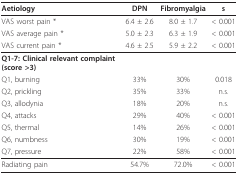
<table><thead><tr><td><b>Aetiology</b></td><td><b>DPN</b></td><td><b>Fibromyalgia</b></td><td><b>s</b></td></tr></thead><tbody><tr><td>VAS worst pain *</td><td>6.4 ± 2.6</td><td>8.0 ± 1.7</td><td>&lt; 0.001</td></tr><tr><td>VAS average pain *</td><td>5.0 ± 2.3</td><td>6.3 ± 1.9</td><td>&lt; 0.001</td></tr><tr><td>VAS current pain *</td><td>4.6 ± 2.5</td><td>5.9 ± 2.2</td><td>&lt; 0.001</td></tr><tr><td><b>Q1-7: Clinical relevant complaint (score &gt;3)</b></td><td></td><td></td><td></td></tr><tr><td>Q1, burning</td><td>33%</td><td>30%</td><td>0.018</td></tr><tr><td>Q2, prickling</td><td>35%</td><td>33%</td><td>n.s.</td></tr><tr><td>Q3, allodynia</td><td>18%</td><td>20%</td><td>n.s.</td></tr><tr><td>Q4, attacks</td><td>29%</td><td>40%</td><td>&lt; 0.001</td></tr><tr><td>Q5, thermal</td><td>14%</td><td>26%</td><td>&lt; 0.001</td></tr><tr><td>Q6, numbness</td><td>30%</td><td>19%</td><td>&lt; 0.001</td></tr><tr><td>Q7, pressure</td><td>22%</td><td>58%</td><td>&lt; 0.001</td></tr><tr><td>Radiating pain</td><td>54.7%</td><td>72.0%</td><td>&lt; 0.001</td></tr></tbody></table>